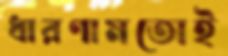
ধারণামতোই